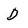
Character: D